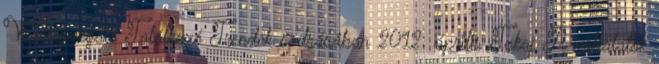
Vezérigazgató Találkozó Trendek sodrásában 2012. április Tokaj A vállalatok